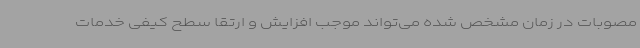
مصوبات در زمان مشخص‌ شده می‌تواند موجب افزایش و ارتقا سطح کیفی خدمات